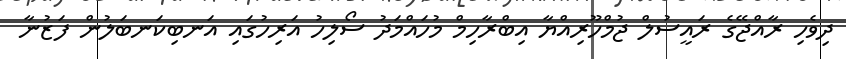
ދިވެހި ރާއްޖޭގެ ރައީސުލް ޖުމްހޫރިއްޔާ އިބްރާހިމް މުހައްމަދު ސޯލިހު އަރިހުގައި އަނބިކަނބަލުން ފަޒުނާ